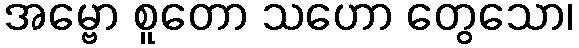
အမ္ဗော စူတော သဟော တွေသော၊